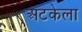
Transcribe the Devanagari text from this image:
अटकेला